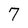
Character: 7